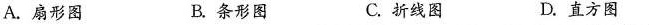
A.扇形图 B.条形图 C.折线图 D.直方图